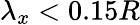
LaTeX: \lambda_{x}<0.15R